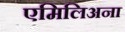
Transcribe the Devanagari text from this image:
एमिलिअना